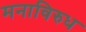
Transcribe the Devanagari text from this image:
मनाविरुध